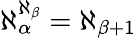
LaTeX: \aleph_{\alpha}^{\aleph_{\beta}}=\aleph_{\beta+1}